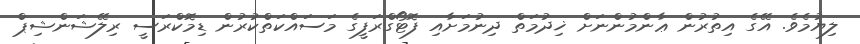
ލިޔުމެވެ. އޭގެ އިތުރުން ޢާންމުންނަށް ޚިދުމަތް ދިނުމަށާއި ފޮޓޯގްރަފީގެ މަސައްކަތްކުރުން ޑިމޮކްރަސީ ރިލޭޝަންޝިޕް